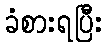
ခံစားရပြီး